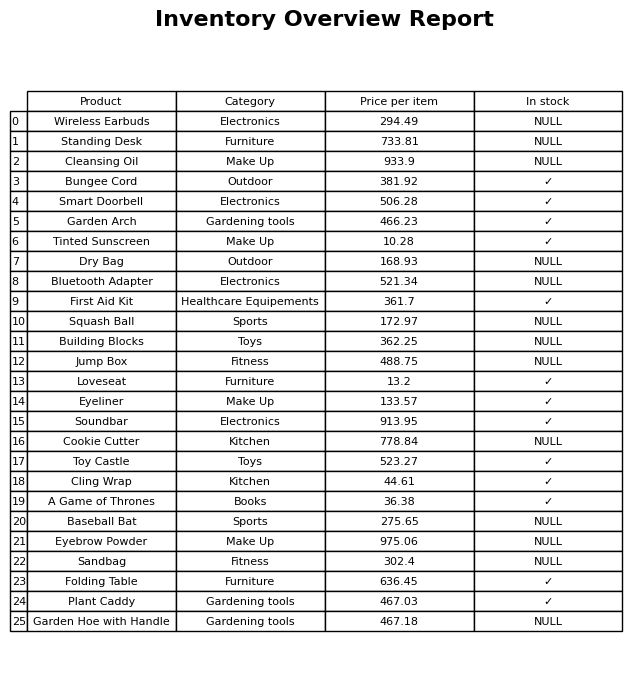
question: What is the stock status of the A Game of Thrones?
answer: ✓